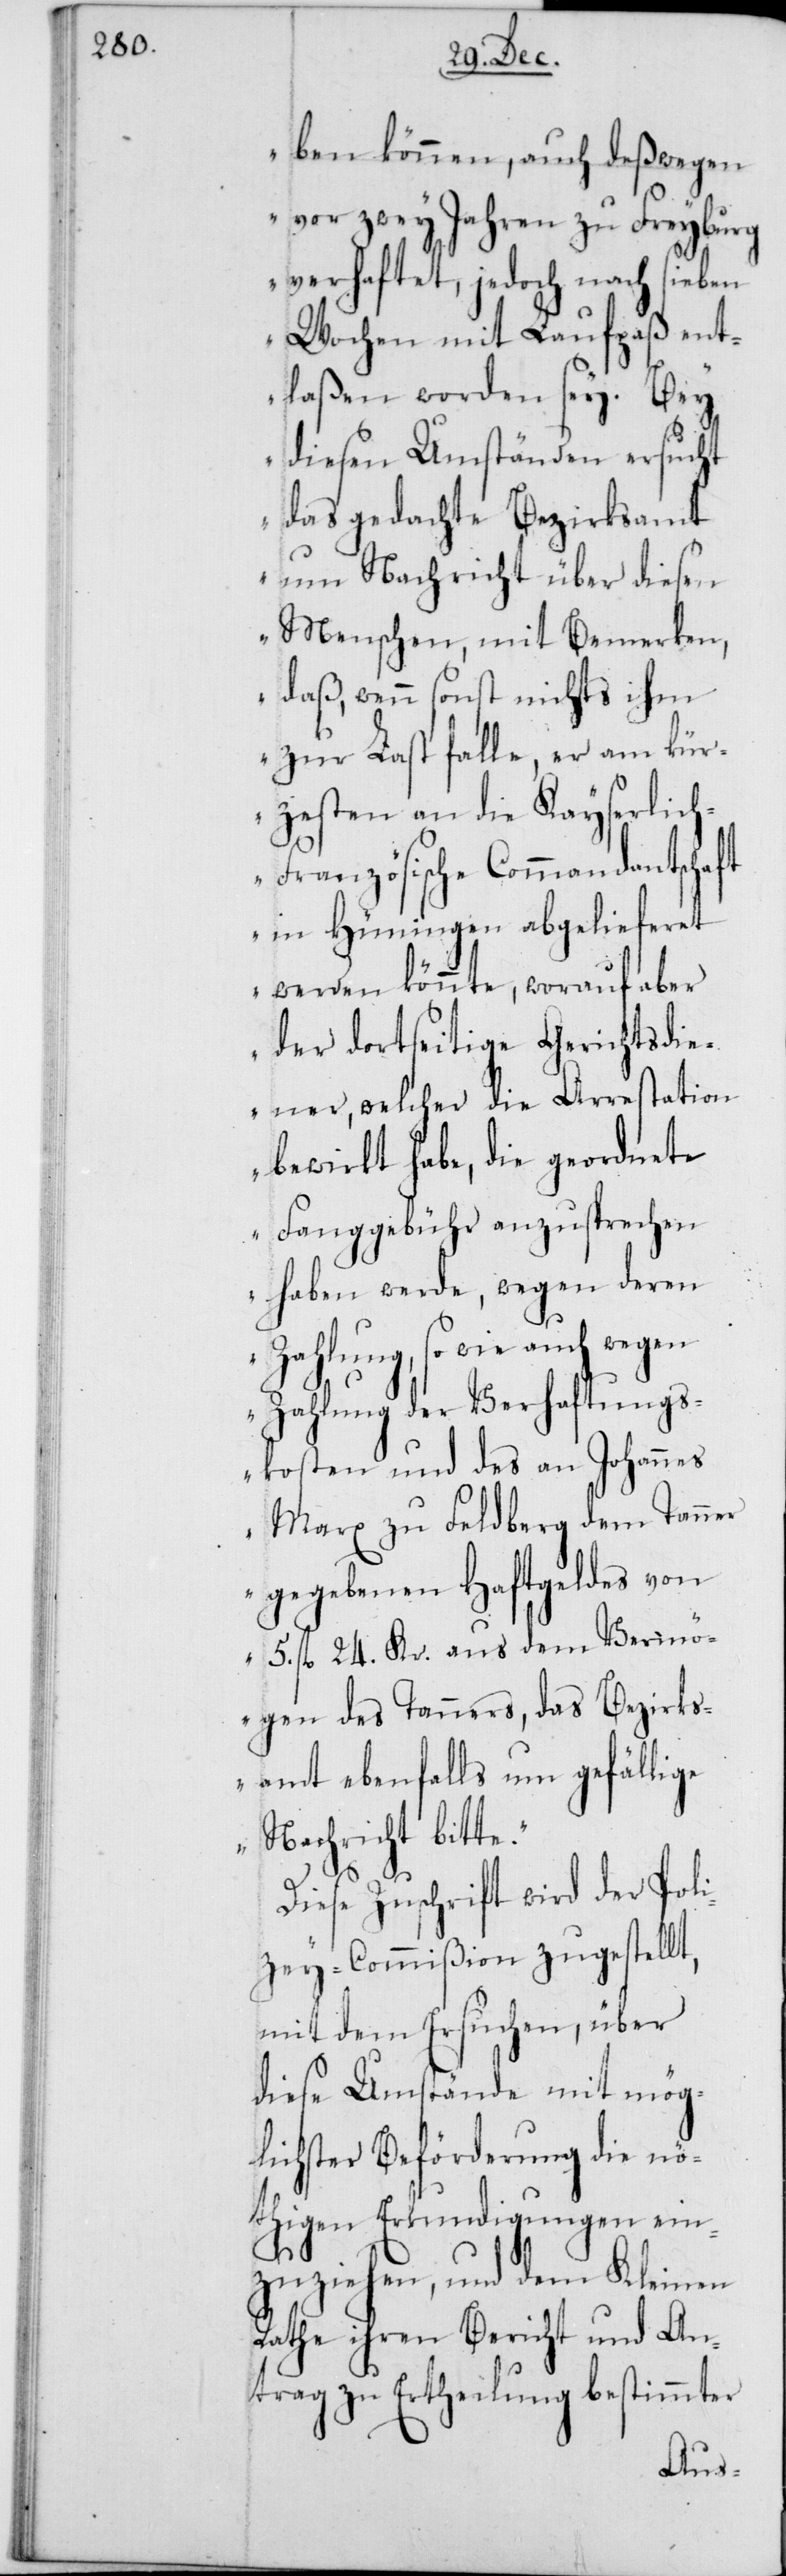
ben können, auch deßwegen
vor zwey Jahren zu Freyburg
verhaftet, jedoch nach sieben
Wochen mit Laufpaß ent¬
laßen worden sey. Bey
diesen Umständen ersucht
das gedachte Bezirksamt
um Nachricht über diesen
Menschen, mit Bemerken,
daß, wenn sonst nichts ihm
zur Last falle, er am kür¬
zesten an die Kayserlic¬
h-Französische Commandantschaft
in Hüningen abgelieferet
werden könnte, worauf aber
der dortseitige Gerichtsdie¬
ner, welcher die Arrestation
bewirkt habe, die geordnete
Fanggebühr anzusprechen
haben werde, wegen deren
Zahlung, so wie auch wegen
Zahlung der Verhaftungs¬
kosten und des an Johannes
Marx zu Feldberg dem Tanner
gegebenen Haftgelds von
5. fl. 24. Kr. aus dem Vermö¬
gen des Tanners, das Bezirks¬
amt ebenfalls um gefällige
Nachricht bitte.“
Diese Zuschrift wird der Poli¬
zey-Commißion zugestellt,
mit dem Ersuchen, über
diese Umstände mit mög¬
lichster Beförderung die nö¬
thigen Erkundigungen ein¬
zuziehen, und dem Kleinen
Rathe ihren Bericht und An¬
trag zu Ertheilung bestimmter